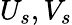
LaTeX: U_{s},V_{s}